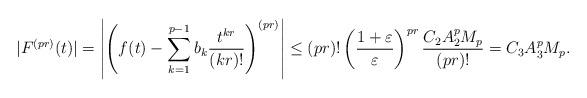
LaTeX: \begin{align*}|F^{(pr)}(t)|&=\left|\left(f(t)- \sum_{k=1}^{p-1}b_k\frac{t^{kr}}{(kr)!}\right)^{(pr)}\right|\le (pr)!\left(\frac{1+\varepsilon}{\varepsilon}\right)^{pr} \frac{C_2A_2^pM_p}{(pr)!}=C_3A_3^pM_p.\end{align*}